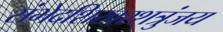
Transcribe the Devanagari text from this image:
संभेदशिखरशत्रुंजय